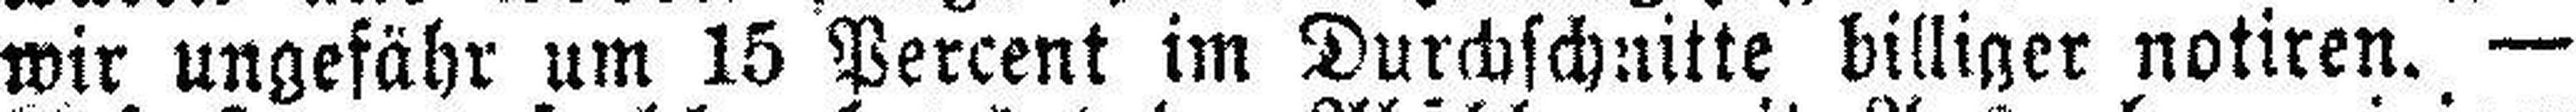
wir ungefähr um 15 Percent im Durchschnitte billiger notiren. —